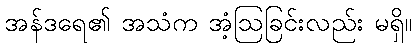
အန်ဒရေ၏ အသံက အံ့ဩခြင်းလည်း မရှိ။